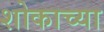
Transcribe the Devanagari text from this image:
शोकाच्या